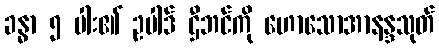
ခန္ဓာ ၅ ပါး၏ ဥပါဒ် ဌီဘင်ကို ဟောသောအာနန္ဒသုတ်